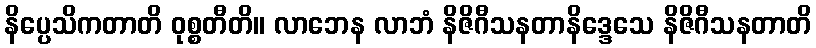
နိပ္ပေသိကတာတိ ဝုစ္စတီတိ။ လာဘေန လာဘံ နိဇိဂီသနတာနိဒ္ဒေသေ နိဇိဂီသနတာတိ